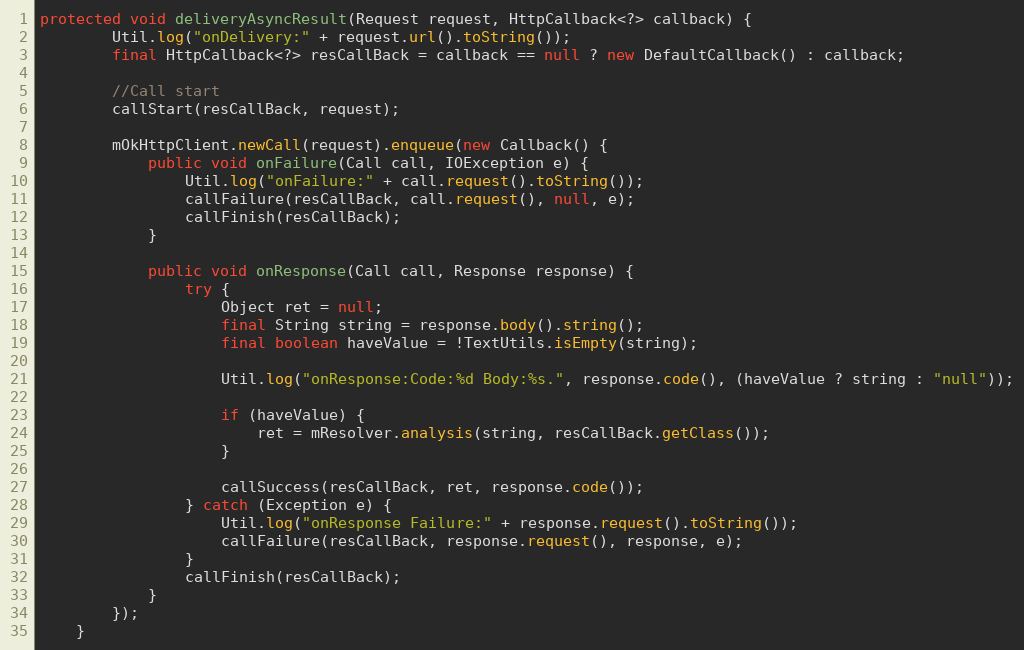
Language: Java
protected void deliveryAsyncResult(Request request, HttpCallback<?> callback) {
        Util.log("onDelivery:" + request.url().toString());
        final HttpCallback<?> resCallBack = callback == null ? new DefaultCallback() : callback;

        //Call start
        callStart(resCallBack, request);

        mOkHttpClient.newCall(request).enqueue(new Callback() {
            public void onFailure(Call call, IOException e) {
                Util.log("onFailure:" + call.request().toString());
                callFailure(resCallBack, call.request(), null, e);
                callFinish(resCallBack);
            }

            public void onResponse(Call call, Response response) {
                try {
                    Object ret = null;
                    final String string = response.body().string();
                    final boolean haveValue = !TextUtils.isEmpty(string);

                    Util.log("onResponse:Code:%d Body:%s.", response.code(), (haveValue ? string : "null"));

                    if (haveValue) {
                        ret = mResolver.analysis(string, resCallBack.getClass());
                    }

                    callSuccess(resCallBack, ret, response.code());
                } catch (Exception e) {
                    Util.log("onResponse Failure:" + response.request().toString());
                    callFailure(resCallBack, response.request(), response, e);
                }
                callFinish(resCallBack);
            }
        });
    }